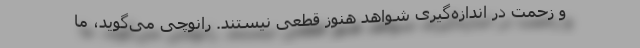
و زحمت در اندازه‌گیری شواهد هنوز قطعی نیستند. رانوچی می‌گوید، ما